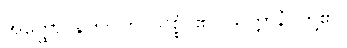
အတ္ထော၊ နက်။ ဟိ-သစ္စံ၊ ၏။ သတ္တာနံ၊ တို့၏။